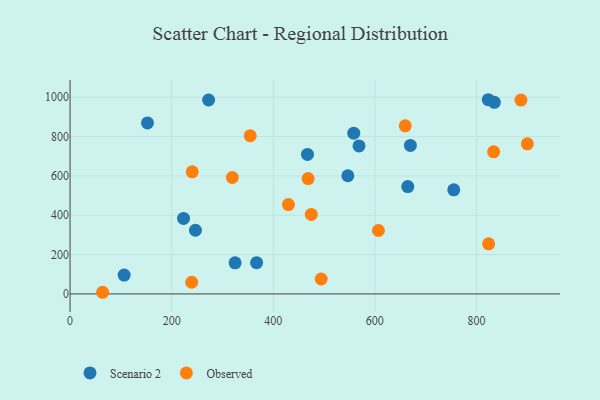
{"axis": {"x": "Distance", "y": "Profit"}, "legend": ["Observed", "Scenario 2"], "data": [{"x": "669.9", "y": 755.2, "type": "Scenario 2"}, {"x": "367.2", "y": 159.0, "type": "Scenario 2"}, {"x": "558.4", "y": 817.5, "type": "Scenario 2"}, {"x": "755.3", "y": 529.3, "type": "Scenario 2"}, {"x": "152.4", "y": 869.6, "type": "Scenario 2"}, {"x": "835.2", "y": 974.3, "type": "Scenario 2"}, {"x": "467.3", "y": 709.4, "type": "Scenario 2"}, {"x": "568.8", "y": 752.9, "type": "Scenario 2"}, {"x": "546.8", "y": 601.0, "type": "Scenario 2"}, {"x": "823.2", "y": 987.6, "type": "Scenario 2"}, {"x": "664.8", "y": 545.7, "type": "Scenario 2"}, {"x": "324.9", "y": 158.1, "type": "Scenario 2"}, {"x": "246.8", "y": 323.8, "type": "Scenario 2"}, {"x": "223.4", "y": 384.2, "type": "Scenario 2"}, {"x": "272.7", "y": 986.2, "type": "Scenario 2"}, {"x": "106.5", "y": 95.9, "type": "Scenario 2"}, {"x": "239.4", "y": 59.3, "type": "Observed"}, {"x": "494.4", "y": 76.0, "type": "Observed"}, {"x": "319.4", "y": 592.0, "type": "Observed"}, {"x": "659.8", "y": 855.1, "type": "Observed"}, {"x": "240.5", "y": 620.9, "type": "Observed"}, {"x": "64.1", "y": 8.4, "type": "Observed"}, {"x": "607.0", "y": 322.6, "type": "Observed"}, {"x": "468.6", "y": 586.7, "type": "Observed"}, {"x": "900.2", "y": 763.1, "type": "Observed"}, {"x": "823.9", "y": 255.0, "type": "Observed"}, {"x": "833.8", "y": 722.9, "type": "Observed"}, {"x": "474.8", "y": 404.1, "type": "Observed"}, {"x": "354.6", "y": 804.5, "type": "Observed"}, {"x": "887.5", "y": 985.9, "type": "Observed"}, {"x": "429.8", "y": 454.6, "type": "Observed"}]}